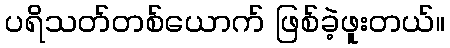
ပရိသတ်တစ်ယောက် ဖြစ်ခဲ့ဖူးတယ်။